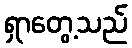
ရှာတွေ့သည်